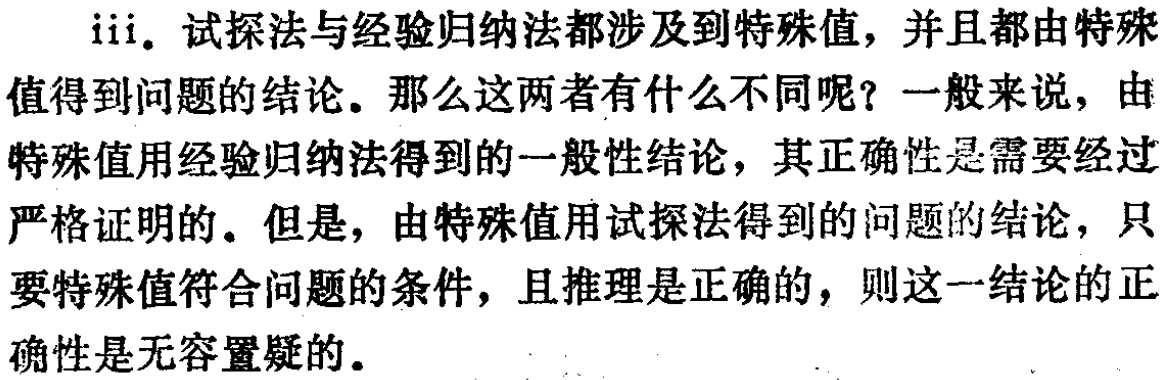
iii. 试探法与经验归纳法都涉及到特殊值，并且都由特殊值得到问题的结论。那么这两者有什么不同呢？一般来说，由特殊值用经验归纳法得到的一般性结论，其正确性是需要经过严格证明的。但是，由特殊值用试探法得到的问题的结论，只要特殊值符合问题的条件，且推理是正确的，则这一结论的正确性是无容置疑的。